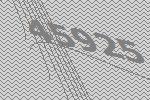
45925